Indian journal of veterinary science and animal husbandry - Volumes 22-23, 1952-1953
Year: 1952
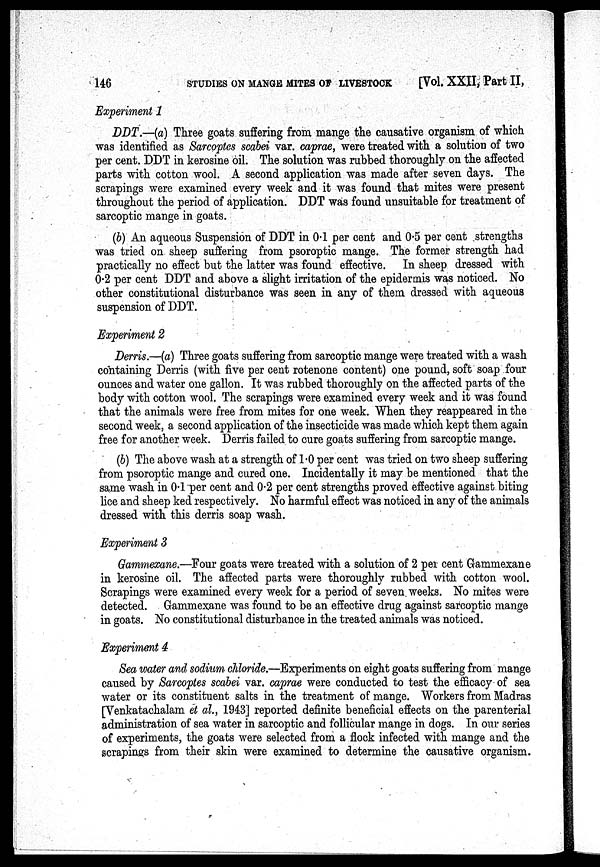
146
STUDIES ON MANGE MITES OF LIVESTOCK
[Vol. XXII, Part II,
Experiment 1
DDT.—(a) Three goats suffering from mange the causative organism of which
was identified as Sarcoptes scabei var. caprae, were treated with a solution of two
per cent. DDT in kerosine oil. The solution was rubbed thoroughly on the affected
parts with cotton wool. A second application was made after seven days. The
scrapings were examined every week and it was found that mites were present
throughout the period of application. DDT was found unsuitable for treatment of
sarcoptic mange in goats.
(b) An aqueous Suspension of DDT in 0.1 per cent and 0.5 per cent strengths
was tried on sheep suffering from psoroptic mange. The former strength had
practically no effect but the latter was found effective. In sheep dressed with
0.2 per cent DDT and above a slight irritation of the epidermis was noticed. No
other constitutional disturbance was seen in any of them dressed with aqueous
suspension of DDT.
Experiment 2
Derris.—(a) Three goats suffering from sarcoptic mange were treated with a wash
containing Derris (with five per cent rotenone content) one pound, soft soap four
ounces and water one gallon. It was rubbed thoroughly on the affected parts of the
body with cotton wool. The scrapings were examined every week and it was found
that the animals were free from mites for one week. When they reappeared in the
second week, a second application of the insecticide was made which kept them again
free for another week. Derris failed to cure goats suffering from sarcoptic mange.
(b) The above wash at a strength of 1.0 per cent was tried on two sheep suffering
from psoroptic mange and cured one. Incidentally it may be mentioned that the
same wash in 0.1 per cent and 0.2 per cent strengths proved effective against biting
lice and sheep ked respectively. No harmful effect was noticed in any of the animals
dressed with this derris soap wash.
Experiment 3
Gammexane.—Four goats were treated with a solution of 2 per cent Gammexane
in kerosine oil. The affected parts were thoroughly rubbed with cotton wool.
Scrapings were examined every week for a period of seven weeks. No mites were
detected. Gammexane was found to be an effective drug against sarcoptic mange
in goats. No constitutional disturbance in the treated animals was noticed.
Experiment 4
Sea water and sodium chloride.—Experiments on eight goats suffering from mange
caused by Sarcoptes scabei var. caprae were conducted to test the efficacy of sea
water or its constituent salts in the treatment of mange. Workers from Madras
[Venkatachalam et al., 1943] reported definite beneficial effects on the parenterial
administration of sea water in sarcoptic and follicular mange in dogs. In our series
of experiments, the goats were selected from a flock infected with mange and the
scrapings from their skin were examined to determine the causative organism.